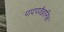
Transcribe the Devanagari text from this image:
पादपवैज्ञानिक